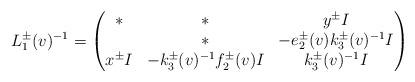
LaTeX: \begin{align*}L_{1}^{\pm}(v)^{-1}=\begin{pmatrix}*&*&y^{\pm}I\\*&*&-e_{2}^{\pm}(v)k_{3}^{\pm}(v)^{-1}I\\x^{\pm}I&-k_{3}^{\pm}(v)^{-1}f_{2}^{\pm}(v)I&k_{3}^{\pm}(v)^{-1}I\end{pmatrix}\end{align*}